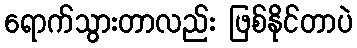
ရောက်သွားတာလည်း ဖြစ်နိုင်တာပဲ